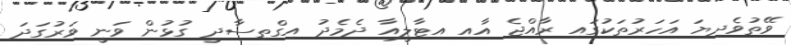
ވޭތުވެދިޔަ އަހަރުތަކުގައި ރާއްޖެ އާއި އިޓާލީއާ ދެމެދު އިގްތިސާދީ ގުޅުން ވަނީ ވަރުގަދަ